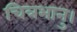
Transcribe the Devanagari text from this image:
चित्रभानु।